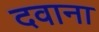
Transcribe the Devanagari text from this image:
दवाना